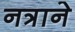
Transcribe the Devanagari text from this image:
नत्राने